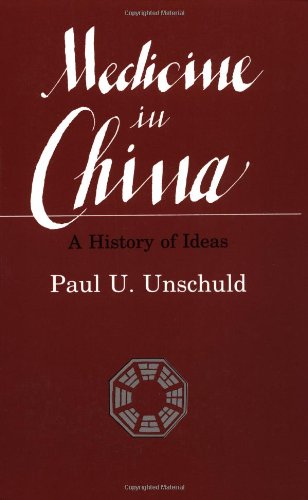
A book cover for Medicine in China: A History of Ideas (Comparative Studies of Health Systems and Medical Care); Paul U. Unschuld; Health, Fitness & Dieting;